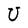
Character: U